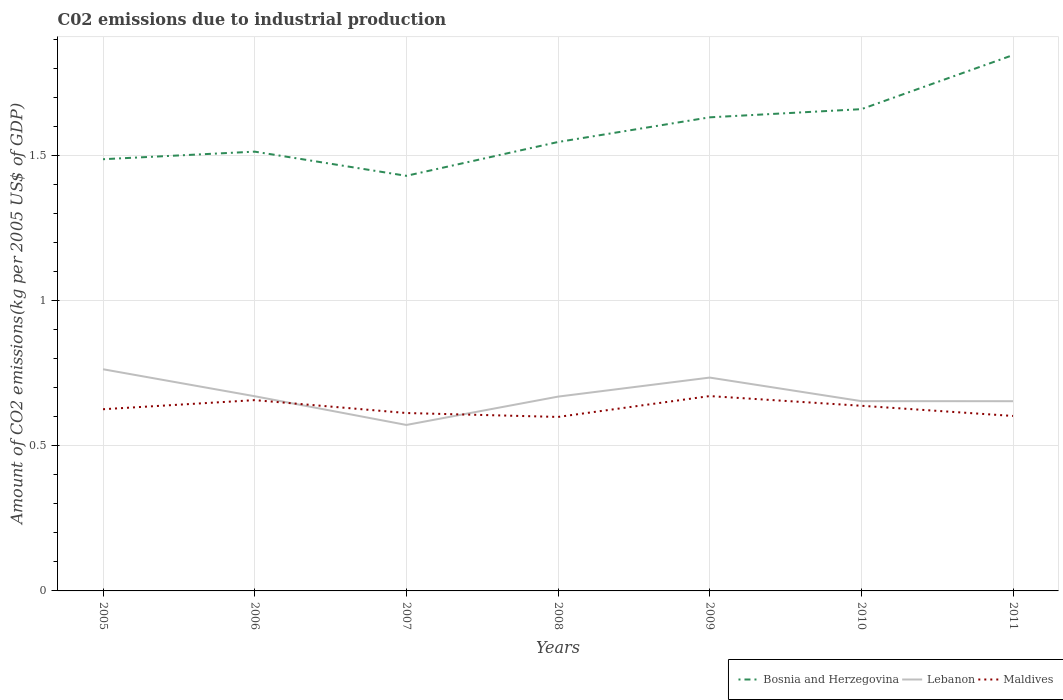
| Years | Bosnia and Herzegovina | Lebanon | Maldives |
 | --- | --- | --- | --- |
 | 2005 | 1.49 | 0.763 | 0.625 |
 | 2006 | 1.51 | 0.67 | 0.657 |
 | 2007 | 1.43 | 0.571 | 0.612 |
 | 2008 | 1.55 | 0.669 | 0.599 |
 | 2009 | 1.63 | 0.734 | 0.671 |
 | 2010 | 1.66 | 0.653 | 0.637 |
 | 2011 | 1.84 | 0.653 | 0.602 |